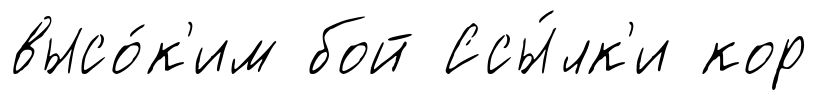
высо́к'им бой Ссы́лк'и кор